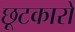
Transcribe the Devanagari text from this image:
छूटकारो